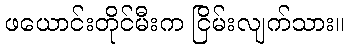
ဖယောင်းတိုင်မီးက ငြိမ်းလျက်သား။